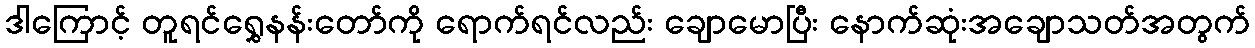
ဒါကြောင့် တူရင်ရွှေနန်းတော်ကို ရောက်ရင်လည်း ချောမောပြီး နောက်ဆုံးအချောသတ်အတွက်